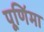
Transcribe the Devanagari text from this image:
पूणि॔मा